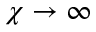
\chi \rightarrow \infty